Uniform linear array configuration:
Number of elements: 64
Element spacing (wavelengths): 0.75
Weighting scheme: kaiser
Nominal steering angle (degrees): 45
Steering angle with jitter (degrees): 45.952
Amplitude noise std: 0.05
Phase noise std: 0.05

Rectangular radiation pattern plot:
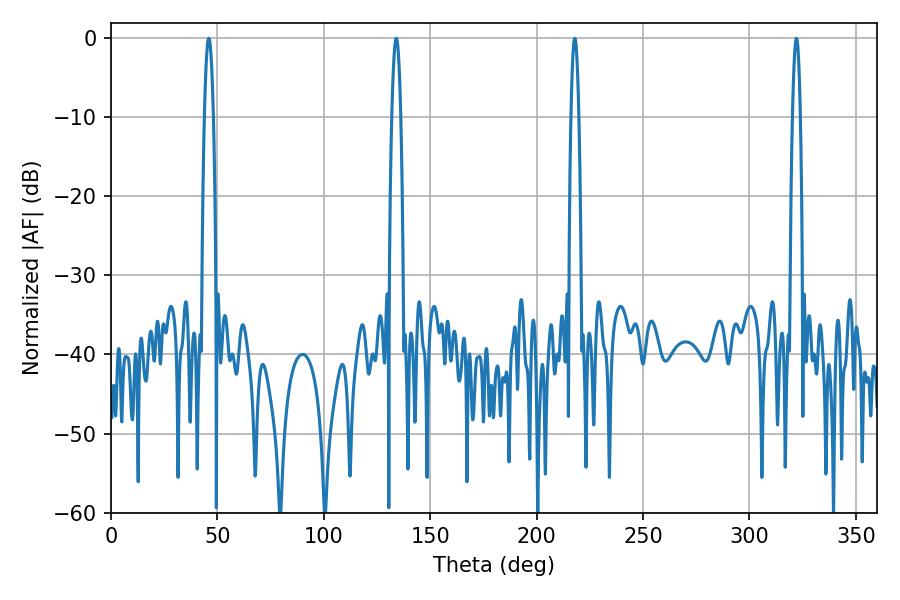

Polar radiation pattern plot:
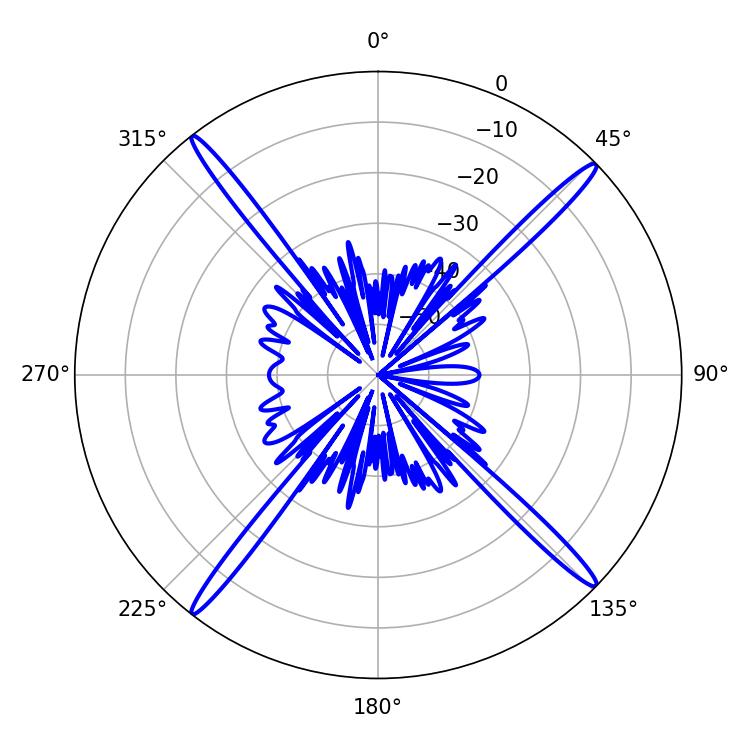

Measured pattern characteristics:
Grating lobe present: TRUE
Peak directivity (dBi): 21.097
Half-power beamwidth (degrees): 2.34
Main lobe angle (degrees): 45.9